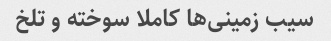
سیب زمینی‌ها کاملا سوخته و تلخ